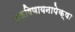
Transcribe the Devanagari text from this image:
दक्षिणायनापेक्षा